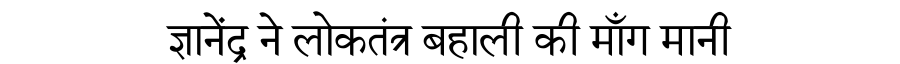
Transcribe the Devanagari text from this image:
ज्ञानेंद्र ने लोकतंत्र बहाली की माँग मानी